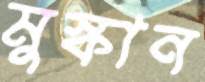
মুস্কান